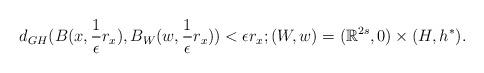
LaTeX: \begin{align*}d_{GH}(B(x, \frac{1}{\epsilon}r_x), B_{W} (w, \frac{1}{\epsilon}r_x))<\epsilon r_x; (W, w) = (\mathbb{R}^{2s}, 0)\times (H, h^*).\end{align*}